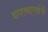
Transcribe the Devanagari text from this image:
वापरणार्‍यांनी